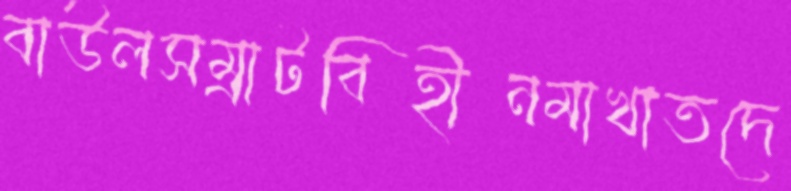
বাউলসম্রাটবিহীনমাখাতদে